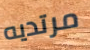
مرتديه